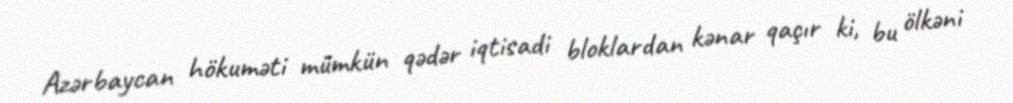
Azərbaycan hökuməti mümkün qədər iqtisadi bloklardan kənar qaçır ki, bu ölkəni